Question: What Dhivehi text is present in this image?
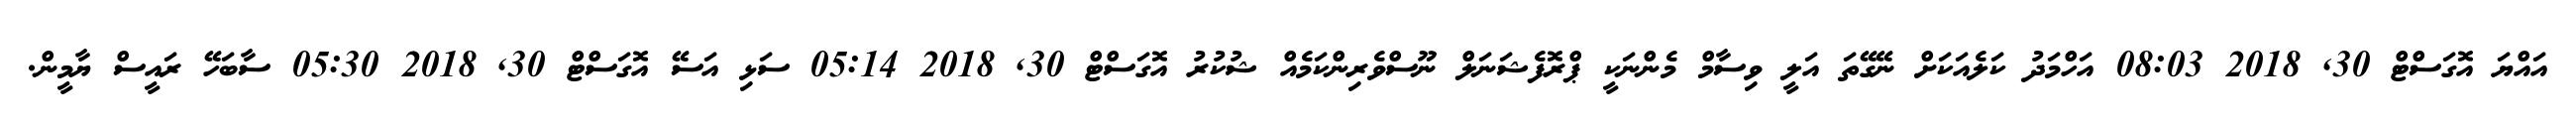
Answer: އައްޔަ އޮގަސްޓް 30, 2018 08:03 އަހްމަދު ކަލެއަކަށް ނޭގޭތަ އަލީ ވިސާމް މެންނަކީ ޕްރޮފެޝަނަލް ނޫސްވެރިންކަމެއް ޝުކުރު އޮގަސްޓް 30, 2018 05:14 ސަޅި އަސޭ އޮގަސްޓް 30, 2018 05:30 ސާބަހޭ ރައީސް ޔާމީން.